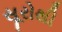
સૂરોથી